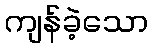
ကျန်ခဲ့သော